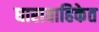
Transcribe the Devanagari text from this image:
धारावाहिकेत